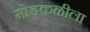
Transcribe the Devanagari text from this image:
मोडकळीला